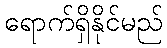
ရောက်ရှိနိုင်မည်